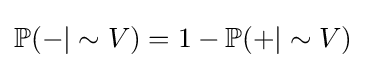
{\textstyle \mathbb {P} (-|\sim V)=1-\mathbb {P} (+|\sim V)}